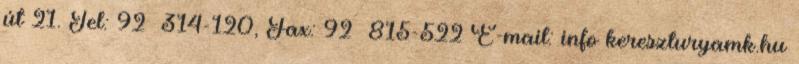
út 21. Tel: 92 314-120, Fax: 92 815-522 E-mail: info kereszturyamk.hu